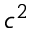
c ^ { 2 }